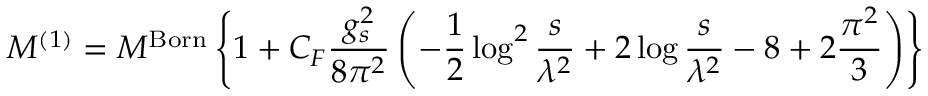
{ \cal M } ^ { ( 1 ) } = { \cal M } ^ { \mathrm { B o r n } } \left\{ 1 + C _ { F } \frac { g _ { s } ^ { 2 } } { 8 \pi ^ { 2 } } \left( - \frac { 1 } { 2 } \log ^ { 2 } \frac { s } { \lambda ^ { 2 } } + 2 \log \frac { s } { \lambda ^ { 2 } } - 8 + 2 \frac { \pi ^ { 2 } } { 3 } \right) \right\}